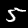
Label: 5